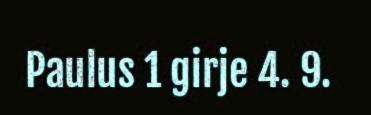
Paulus 1 girje 4. 9.